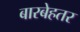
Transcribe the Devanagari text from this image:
बारबेहतर